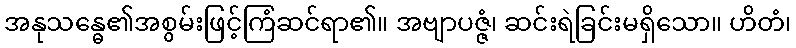
အနုသန္ဓေ၏အစွမ်းဖြင့်ကြံဆင်ရာ၏။ အဗျာပဇ္ဇံ၊ ဆင်းရဲခြင်းမရှိသော။ ဟိတံ၊